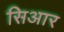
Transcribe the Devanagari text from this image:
सिआर